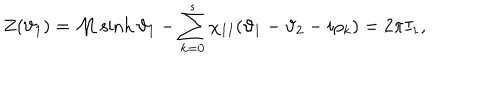
Z ( \vartheta _ { 1 } ) = { \cal M } \sinh \vartheta _ { 1 } - \sum _ { k = 0 } ^ { s } \chi _ { I I } ( \vartheta _ { 1 } - \vartheta _ { 2 } - i \rho _ { k } ) = 2 \pi I _ { 1 } ,